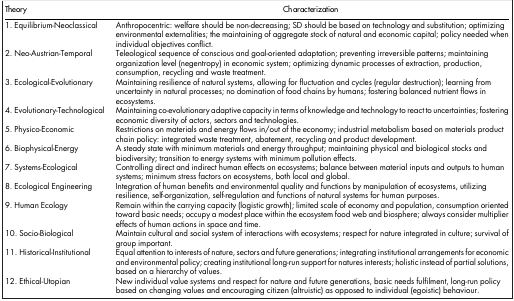
| Theory | Characterization |
 | --- | --- |
 | 1. Equilibrium-Neoclassical | Anthropocentric: welfare should be non-decreasing; SD should be based on technology and substitution; optimizing environmental externalities; the maintaining of aggregate stock of natural and economic capital; policy needed when individual objectives conflict. |
 | 2. Neo-Austrian-Temporal | Teleological sequence of conscious and goal-oriented adaptation; preventing irreversible patterns; maintaining organization level (negentropy) in economic system; optimizing dynamic processes of extraction, production, consumption, recycling and waste treatment. |
 | 3. Ecological-Evolutionary | Maintaining resilience of natural systems, allowing for fluctuation and cycles (regular destruction); learning from uncertainty in natural processes; no domination of food chains by humans; fostering balanced nutrient flows in ecosystems. |
 | 4. Evolutionary-Technological | Maintaining co-evolutionary adaptive capacity in terms of knowledge and technology to react to uncertainties; fostering economic diversity of actors, sectors and technologies. |
 | 5. Physico-Economic | Restrictions on materials and energy flows in/out of the economy; industrial metabolism based on materials product chain policy: integrated waste treatment, abatement, recycling and product development. |
 | 6. Biophysical-Energy | A steady state with minimum materials and energy throughput; maintaining physical and biological stocks and biodiversity; transition to energy systems with minimum pollution effects. |
 | 7. Systems-Ecological | Controlling direct and indirect human effects on ecosystems; balance between material inputs and outputs to human systems; minimum stress factors on ecosystems, both local and global. |
 | 8. Ecological Engineering | Integration of human benefits and environmental quality and functions by manipulation of ecosystems, utilizing resilience, self-organization, self-regulation and functions of natural systems for human purposes. |
 | 9. Human Ecology | Remain within the carrying capacity (logistic growth); limited scale of economy and population, consumption oriented toward basic needs; occupy a modest place within the ecosystem food web and biosphere; always consider multiplier effects of human actions in space and time. |
 | 10. Socio-Biological | Maintain cultural and social system of interactions with ecosystems; respect for nature integrated in culture; survival of group important. |
 | 11. Historical-Institutional | Equal attention to interests of nature, sectors and future generations; integrating institutional arrangements for economic and environmental policy; creating institutional long-run support for natures interests; holistic instead of partial solutions, based on a hierarchy of values. |
 | 12. Ethical-Utopian | New individual value systems and respect for nature and future generations, basic needs fulfilment, long-run policy based on changing values and encouraging citizen (altruistic) as opposed to individual (egoistic) behaviour. |